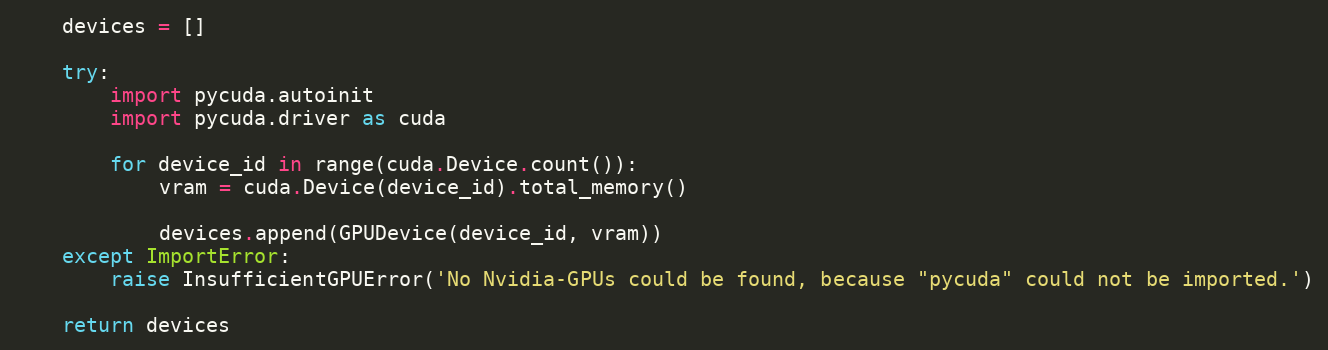
Language: Python
    devices = []

    try:
        import pycuda.autoinit
        import pycuda.driver as cuda

        for device_id in range(cuda.Device.count()):
            vram = cuda.Device(device_id).total_memory()

            devices.append(GPUDevice(device_id, vram))
    except ImportError:
        raise InsufficientGPUError('No Nvidia-GPUs could be found, because "pycuda" could not be imported.')

    return devices